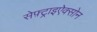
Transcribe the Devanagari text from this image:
सेफ़्ट्राइऐक्सोन